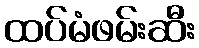
ထပ်မံဖမ်းဆီး